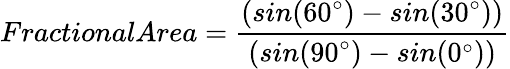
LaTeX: FractionalArea=\frac{(sin(60^{\circ})-sin(30^{\circ}))}{(sin(90^{\circ})-sin(0^{\circ}))}